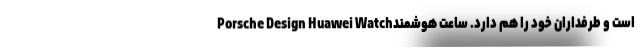
است و طرفداران خود را هم دارد. ساعت هوشمندPorsche Design Huawei Watch